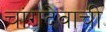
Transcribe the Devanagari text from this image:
चांगदेवाची